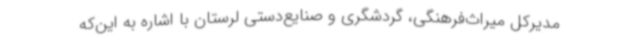
مدیرکل میراث‌فرهنگی، گردشگری و صنایع‌دستی لرستان با اشاره به این‌که